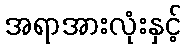
အရာအားလုံးနှင့်